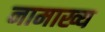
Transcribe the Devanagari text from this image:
नामाख्य